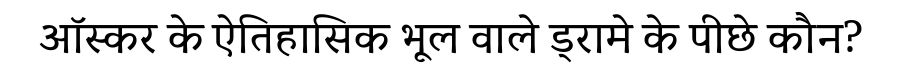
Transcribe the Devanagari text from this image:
ऑस्कर के ऐतिहासिक भूल वाले ड्रामे के पीछे कौन?